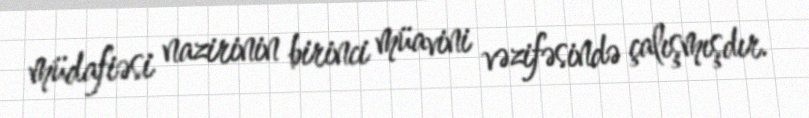
müdafiəsi nazirinin birinci müavini vəzifəsində çalışmışdır.